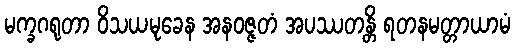
မက္ခဂရုတာ ဝိသယမုခေန အနဝဇ္ဇတံ အပဿတန္တိ ရတနမတ္တာယာမံ